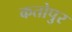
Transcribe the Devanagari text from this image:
कतोपुर